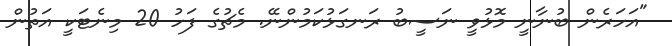
"އަހަރެން ބުނާނީ މޮޅުވީ ނަސީބު ރަނގަޅުކަމުންނޭ. މެޗުގެ ފަހު 20 މިނެޓަކީ އަތުން